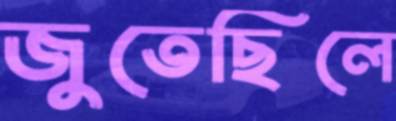
জুতেছিলে